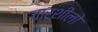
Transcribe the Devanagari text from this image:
चारूशीलो